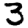
Digit: 3